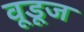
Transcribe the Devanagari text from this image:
वूडूज